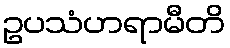
ဥပသံဟရာမီတိ